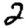
Digit: 2